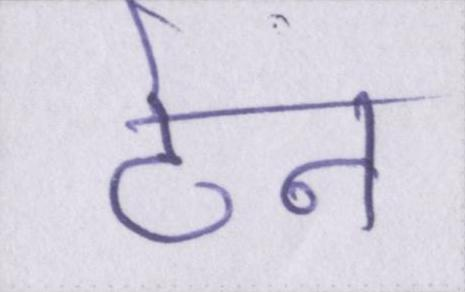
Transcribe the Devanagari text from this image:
टेन